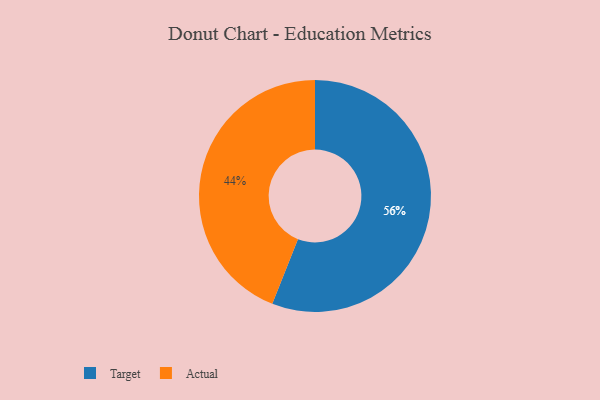
{"axis": {"x": "Category", "y": "Percentage"}, "legend": ["Actual", "Target"], "data": [{"x": "Target", "y": 56, "type": "Target"}, {"x": "Actual", "y": 44, "type": "Actual"}]}